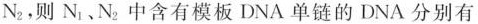
N_{2}，则N_{1}、N_{2}中含有模板DNA单链的DNA分别有